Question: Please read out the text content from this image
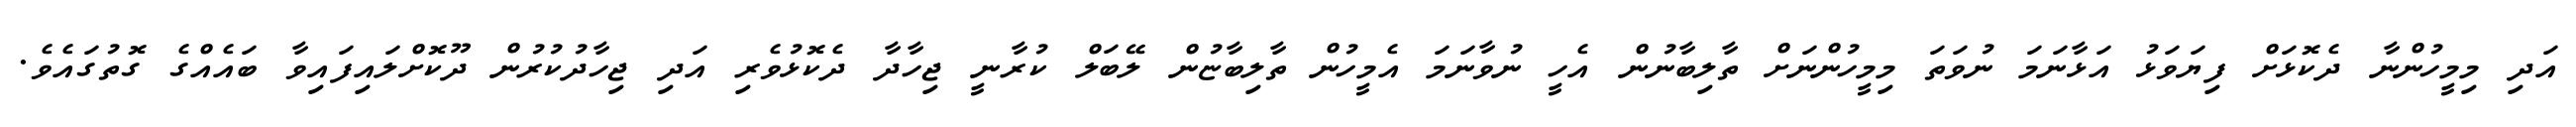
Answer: އަދި މިމީހުންނާ ދެކޮޅަށް ފިޔަވަޅު އަޅާނަމަ ނުވަތަ މިމީހުންނަށް ތާލިބާނުން އެހީ ނުވާނަމަ އެމީހުން ތާލިބާޏުން ލޭބަލް ކުރާނީ ޖިހާދާ ދެކޮޅުވެރި އަދި ޖިހާދުކުރުން ދޫކޮށްލައިފައިވާ ބައެއްގެ ގޮތުގައެވެ.